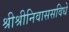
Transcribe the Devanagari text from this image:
श्रीश्रीनिवाससविधे